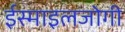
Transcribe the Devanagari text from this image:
ईस्माइलजोगी